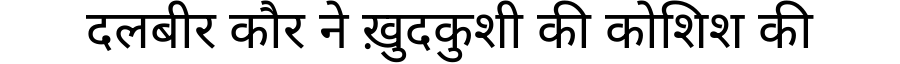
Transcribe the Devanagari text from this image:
दलबीर कौर ने ख़ुदकुशी की कोशिश की